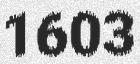
1603